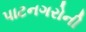
પાટનગરોની